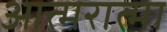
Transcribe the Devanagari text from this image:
आत्मरात्मा